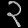
Digit: ၃